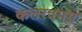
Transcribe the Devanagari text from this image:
कलरवमग्न